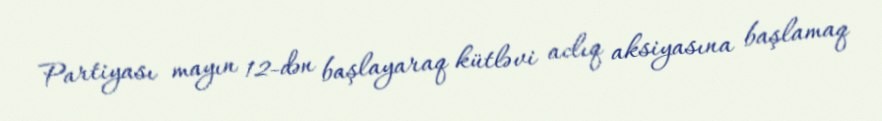
Partiyası mayın 12-dən başlayaraq kütləvi aclıq aksiyasına başlamaq